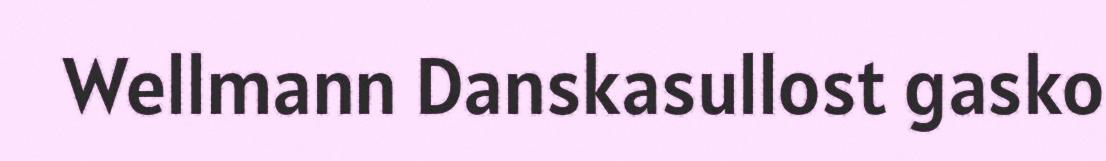
Wellmann Danskasullost gasko